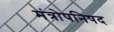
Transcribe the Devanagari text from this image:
मंत्रोपनिषद